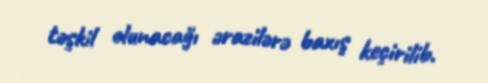
təşkil olunacağı ərazilərə baxış keçirilib.